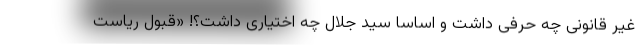
غیر قانونی چه حرفی داشت و اساسا سید جلال چه اختیاری داشت؟! «قبول ریاست